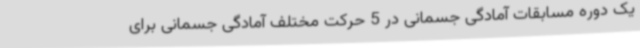
یک دوره مسابقات آمادگی جسمانی در 5 حرکت مختلف آمادگی جسمانی برای